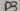
Text: D3